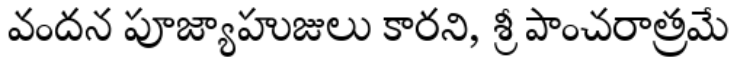
వందన పూజ్యాహుజులు కారని, శ్రీ పాంచరాత్రమే